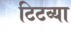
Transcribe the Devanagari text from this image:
टिटव्या